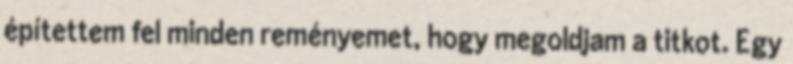
építettem fel minden reményemet, hogy megoldjam a titkot. Egy